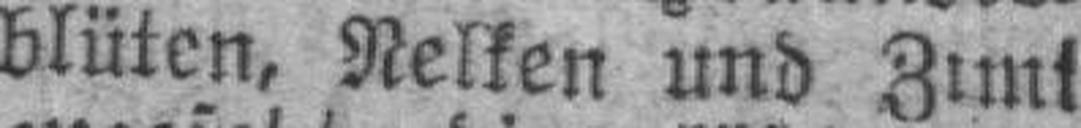
blüten, Nelken und Zimt